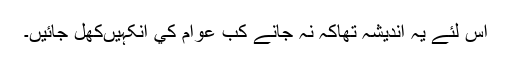
اس لئے يہ انديشہ تھاکہ نہ جانے کب عوام کي آنکہيںکھل جائيں۔